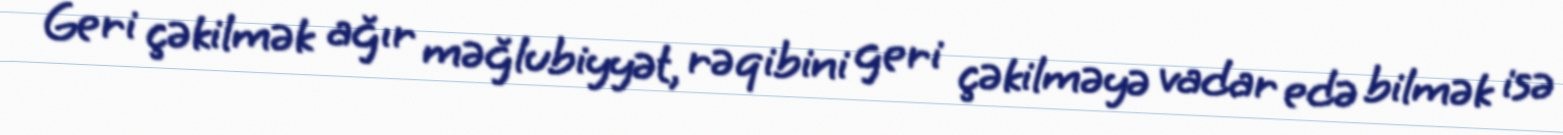
Geri çəkilmək ağır məğlubiyyət, rəqibini geri çəkilməyə vadar edə bilmək isə